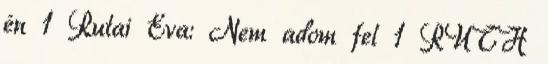
én 1 Rutai Éva: Nem adom fel 1 RUTH